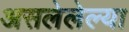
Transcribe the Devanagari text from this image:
असलेलेल्या